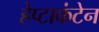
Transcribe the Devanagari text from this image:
हेप्टाकंटेन